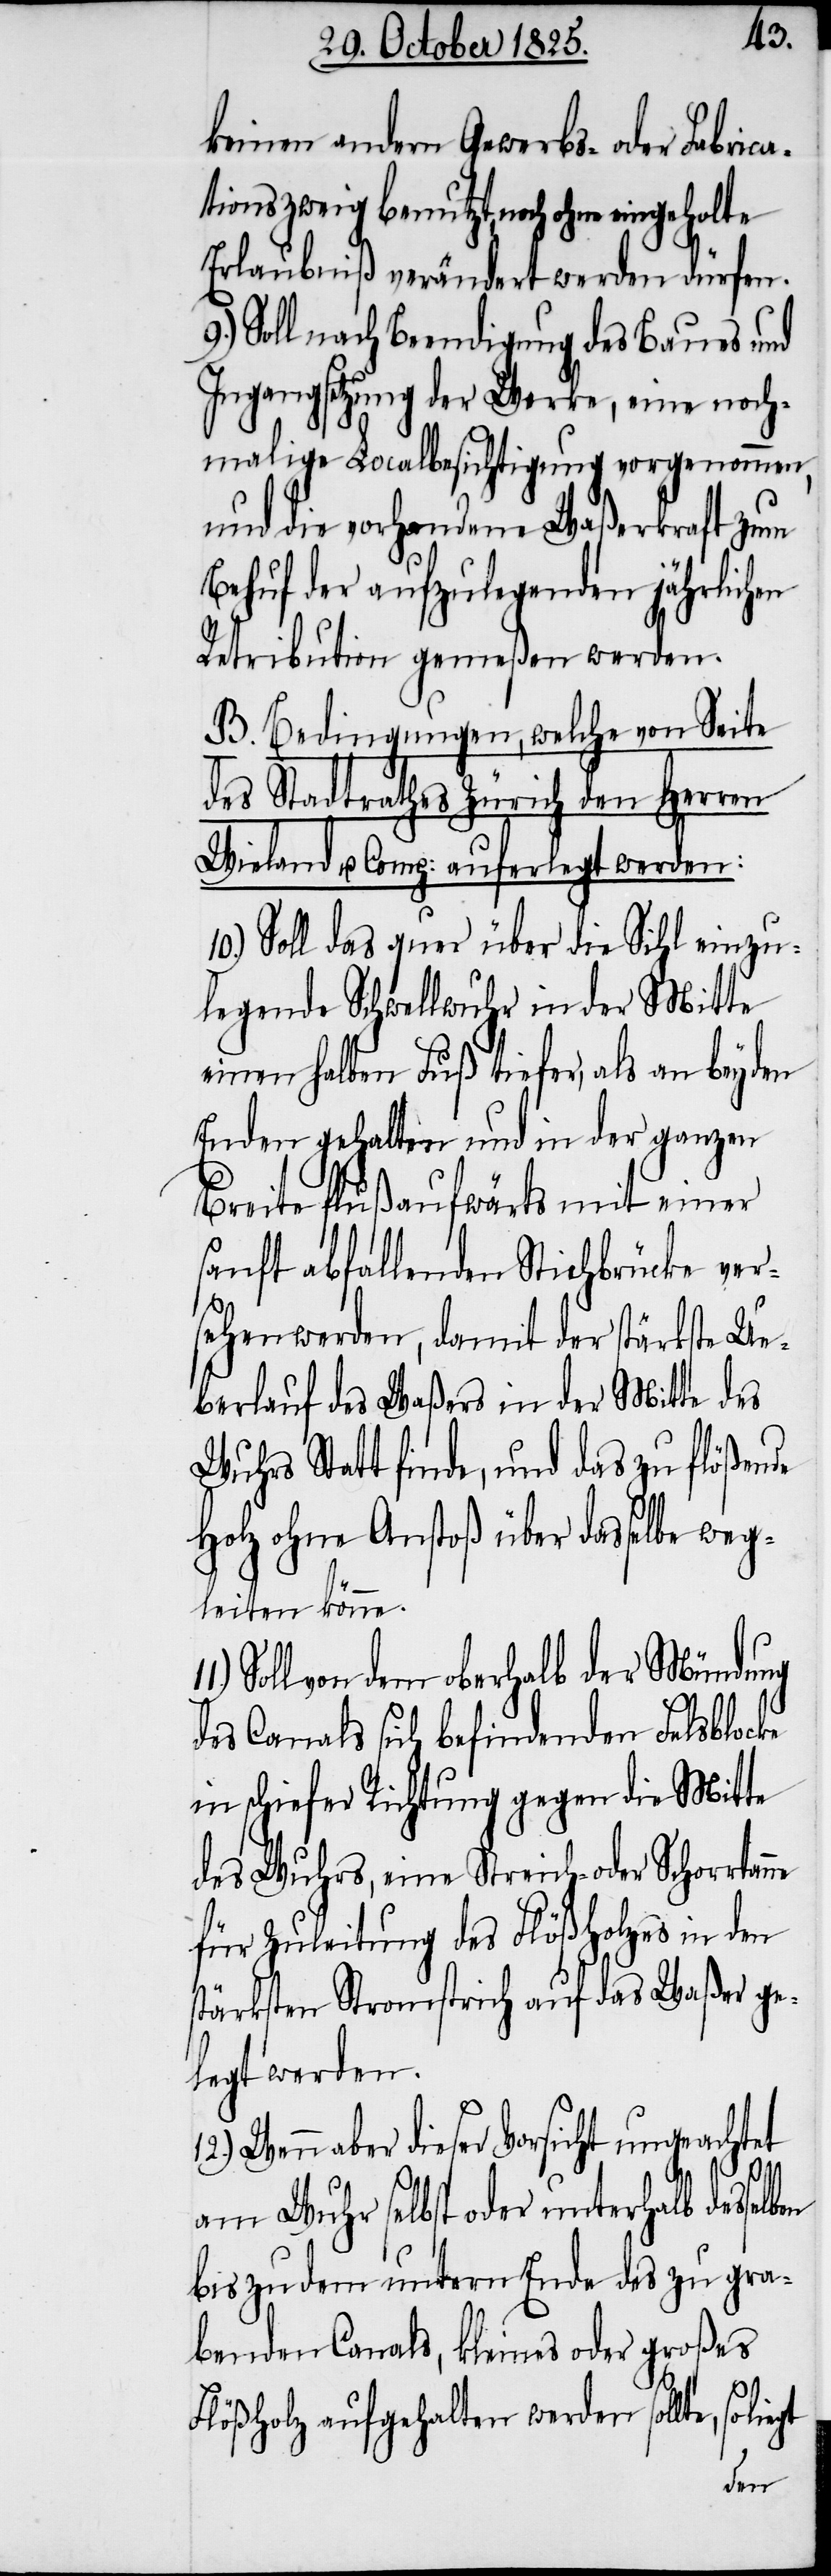
keinen andern Gewerbs- oder Fabrica¬
tionszweig benutzt, noch ohne eingeholte
Erlaubniß verändert werden dürfen.
9.) Soll nach Beendigung des Baues und
Ingangsetzung der Werke, eine noch¬
malige Localbesichtigung vorgenommen,
und die vorhandene Waßerkraft zum
Behuf der aufzulegenden jährlichen
Retribution gemeßen werden.
B. Bedingungen, welche von Seite
des Stadtrathes Zürich den Herren
Wieland & Comp: auferlegt werden:
10.) Soll das quer über die Sihl einzu¬
legende Schwellwuhr in der Mitte
einen halben Fuß tiefer, als an beyden
Enden gehalten und in der ganzen
Breite flußaufwärts mit einer
sanft abfallenden Stichbrücke ver¬
sehen werden, damit der stärkste Ue¬
berlauf des Waßers in der Mitte des
Wuhrs Statt finde, und das zu flößende
Holz ohne Anstoß über dasselbe weg¬
leiten könne.
Soll von dem oberhalb der Mündung
des Canals sich befindenden Felsblocke
in schiefer Richtung gegen die Mitte
des Wuhrs, eine Streich- oder Schorrtan¬
für Zuleitung des Flößholzes in den
stärksten Stromstrich auf das Waßer ge¬
legt werden.
Wenn aber dieser Vorsicht ungeachtet
ne
am Wuhr selbst oder unterhalb desselben
bis zu dem untern Ende des zu gra¬
benden Canals, kleines oder großes
Flößholz aufgehalten werden sollte, so